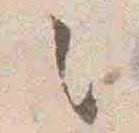
々